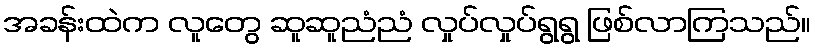
အခန်းထဲက လူတွေ ဆူဆူညံညံ လှုပ်လှုပ်ရွရွ ဖြစ်လာကြသည်။